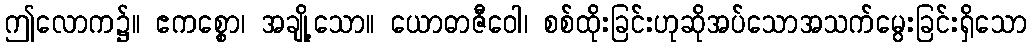
ဤလောက၌။ ဧကစ္စော၊ အချို့သော။ ယောဓာဇီဝေါ၊ စစ်ထိုးခြင်းဟုဆိုအပ်သောအသက်မွေးခြင်းရှိသော